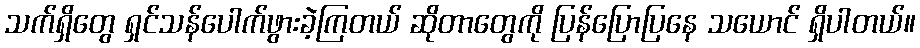
သက်ရှိတွေ ရှင်သန်ပေါက်ဖွားခဲ့ကြတယ် ဆိုတာတွေကို ပြန်ပြောပြနေ သယောင် ရှိပါတယ်။